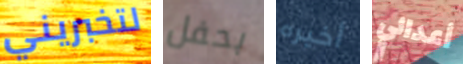
لتخبريني بحفل أخيره أعدائي